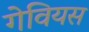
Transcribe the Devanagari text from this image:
गेवियस